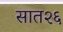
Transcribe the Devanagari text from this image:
सात२६